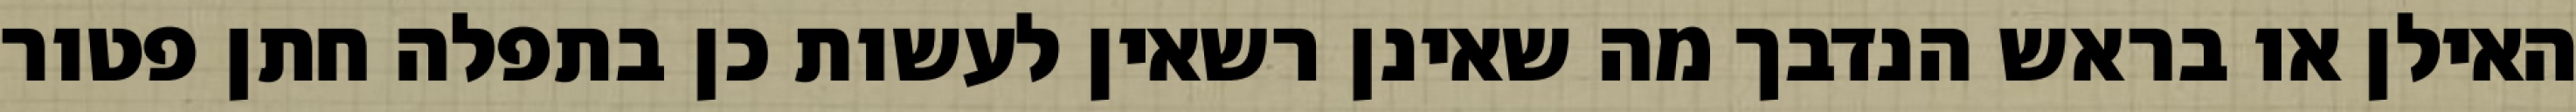
האילן או בראש הנדבך מה שאינן רשאין לעשות כן בתפלה חתן פטור